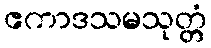
ဧကာဒသမသုတ္တံ